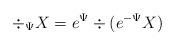
LaTeX: \begin{align*}\div_{\Psi} X = e^{\Psi} \div(e^{-\Psi} X)\end{align*}